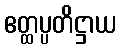
ဧတ္ထပ္ပတိဋ္ဌာယ